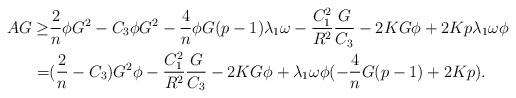
LaTeX: \begin{align*}\begin{aligned}AG\geq & \frac{2}{n}\phi G^{2}-C_{3}\phi G^{2}-\frac{4}{n}\phi G(p-1)\lambda_{1}\omega-\frac{C_{1}^{2}}{R^{2}}\frac{G}{C_{3}}-2KG\phi+2Kp\lambda_{1}\omega \phi\\=&(\frac{2}{n}-C_{3})G^{2}\phi-\frac{C_{1}^{2}}{R^{2}}\frac{G}{C_{3}}-2KG\phi+\lambda_{1}\omega \phi(-\frac{4}{n} G(p-1)+2Kp).\end{aligned}\end{align*}